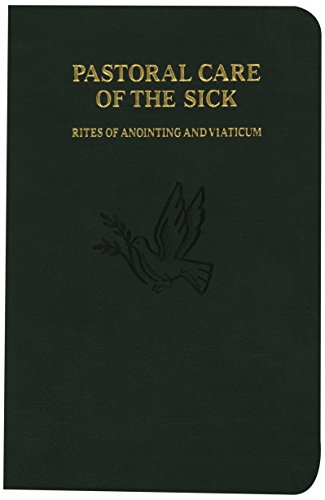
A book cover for Pastoral Care of the Sick; Catholic Book Publishing Co; Christian Books & Bibles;